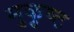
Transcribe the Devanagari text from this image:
मुकुष्ट